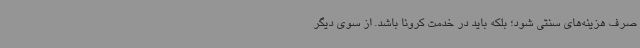
صرف هزینه‌های سنتی شود؛ بلکه باید در خدمت کرونا باشد. از سوی دیگر